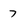
Character: 7